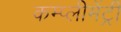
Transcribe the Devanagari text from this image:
कम्प्लीमेंट्री